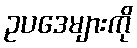
ဥပဒေများကို